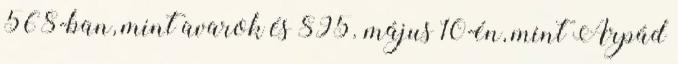
568-ban, mint avarok és 895. május 10-én, mint Árpád